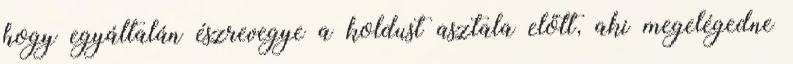
hogy egyáltalán észrevegye a koldust asztala előtt, aki megelégedne